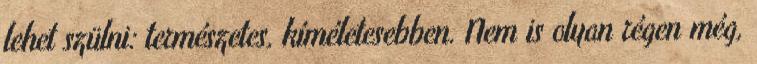
lehet szülni: természetes, kíméletesebben. Nem is olyan régen még,